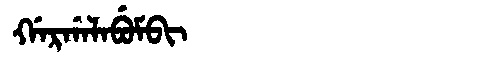
Manchu: ᡤᠠᡵᡤᠠᠯᠠᠪᡠᠮᠪᡳ
Romanization: GARGALABUMBI